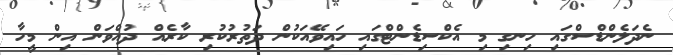
ނެދަލެންޑްސްގައި ހިނގި މި އެކްސިޑެންޓްގައި ހައިވޭއަކުން ދަތުރުކުރި ކާރެއް ދުއްވަން އިން މީހާ